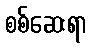
စစ်ဆေးရာ